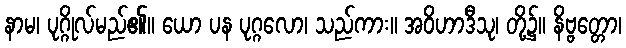
နာမ၊ ပုဂ္ဂိုလ်မည်၏။ ယော ပန ပုဂ္ဂလော၊ သည်ကား။ အဝိဟာဒီသု၊ တို့၌။ နိဗ္ဗတ္တော၊